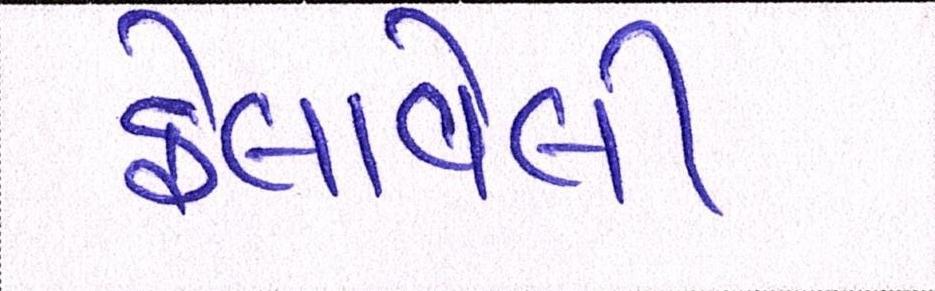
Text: ફેલાવેલી